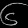
Digit: ၆